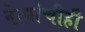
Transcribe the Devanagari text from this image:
नेत्यांचीही